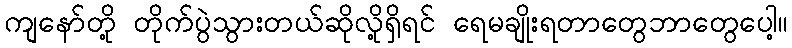
ကျနော်တို့ တိုက်ပွဲသွားတယ်ဆိုလို့ရှိရင် ရေမချိုးရတာတွေဘာတွေပေါ့။